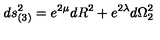
d s _ { ( 3 ) } ^ { 2 } = e ^ { 2 \mu } d R ^ { 2 } + e ^ { 2 \lambda } d { \Omega } _ { 2 } ^ { 2 }